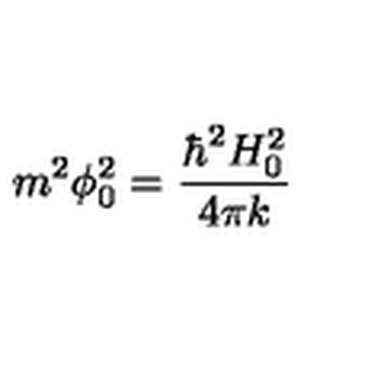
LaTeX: m ^ { 2 } \phi _ { 0 } ^ { 2 } = \frac { \hbar ^ { 2 } H _ { 0 } ^ { 2 } } { 4 \pi k }